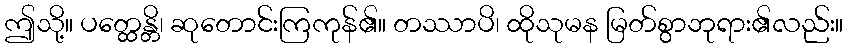
ဤသို့။ ပတ္ထေန္တိ၊ ဆုတောင်းကြကုန်၏။ တဿာပိ၊ ထိုသုမန မြတ်စွာဘုရား၏လည်း။